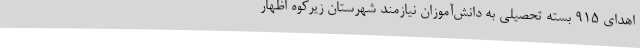
اهدای 915 بسته تحصیلی به دانش‌آموزان نیازمند شهرستان زیرکوه اظهار